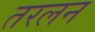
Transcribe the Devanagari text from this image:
तरलन